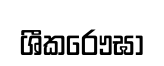
ශීකරෞඝා